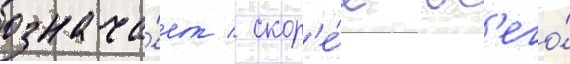
означа́ет / скор'е́е вс'его́